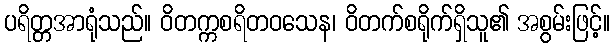
ပရိတ္တအာရုံသည်။ ဝိတက္ကစရိတဝသေန၊ ဝိတက်စရိုက်ရှိသူ၏ အစွမ်းဖြင့်။